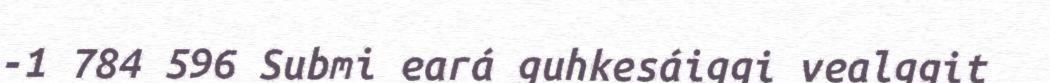
-1 784 596 Submi eará guhkesáiggi vealggit